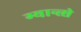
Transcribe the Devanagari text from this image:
ग्यान्त्से